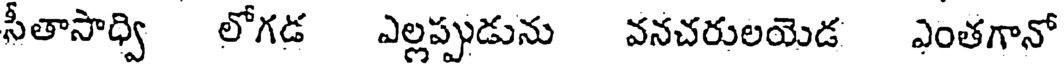
సీతాసాధ్వి లోగడ ఎల్లప్పుడును వనచరులయెడ ఎంతగానో